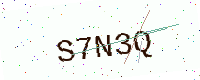
Text: S7N3Q